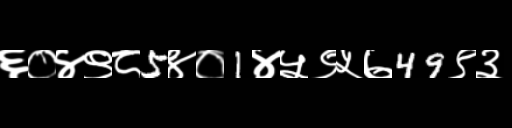
Text: ६०४९८5४०1४५९५७49९३